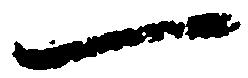
一